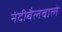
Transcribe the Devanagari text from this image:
नंदीबैलवाले